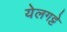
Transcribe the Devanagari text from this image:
येलगट्टे